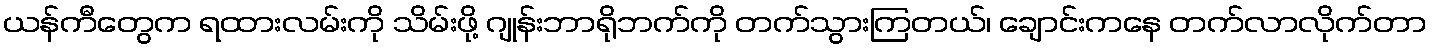
ယန်ကီတွေက ရထားလမ်းကို သိမ်းဖို့ ဂျုန်းဘာရိုဘက်ကို တက်သွားကြတယ်၊ ချောင်းကနေ တက်လာလိုက်တာ